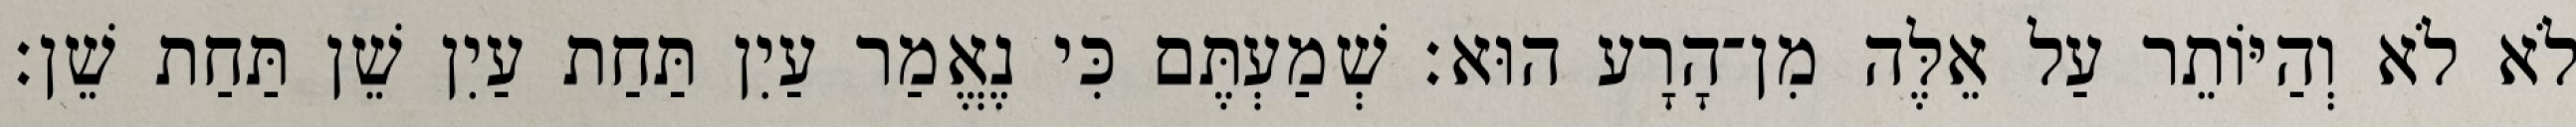
לֹא לֹא וְהַיּוֹתֵר עַל אֵלֶּה מִן־הָרָע הוּא׃ שְׁמַעְתֶּם כִּי נֶאֱמַר עַיִן תַּחַת עַיִן שֵׁן תַּחַת שֵׁן׃